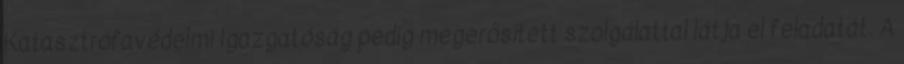
Katasztrófavédelmi Igazgatóság pedig megerősített szolgálattal látja el feladatát. A